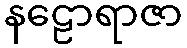
နဠောရာဇာ